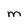
Character: m